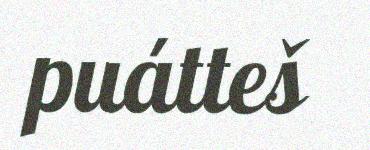
puátteš